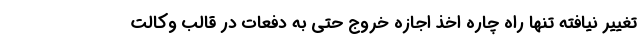
تغییر نیافته تنها راه چاره اخذ اجازه خروج حتی به دفعات در قالب وکالت